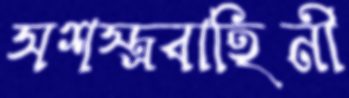
সশস্ত্রবাহিনী